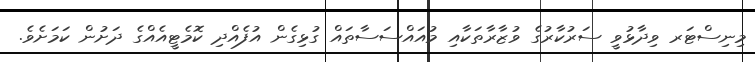
މިނިސްޓަރ ވިދާޅުވީ ސަރުކާރުގެ ވުޒާރާތަކާއި މުއައްސަސާތައް ގުޅިގެން އުފެއްދި ކޮމެޓީއެއްގެ ދަށުން ކަމަށެވެ.